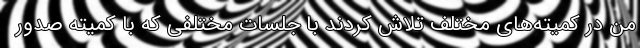
من در کمیته‌های مختلف تلاش کردند با جلسات مختلفی که با کمیته صدور